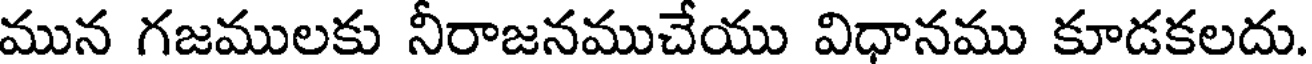
మున గజములకు నీరాజనముచేయు విధానము కూడకలదు